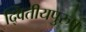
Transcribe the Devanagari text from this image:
द्वितीयपुरुष